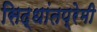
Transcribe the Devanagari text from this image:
सिद्धांतप्रेमी